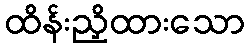
ထိန်းညှိထားသော